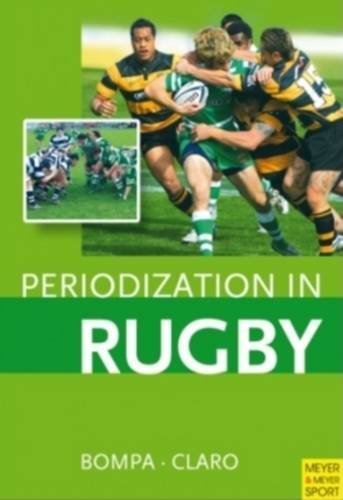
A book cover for Periodization in Rugby; Tudor Bompa; Sports & Outdoors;